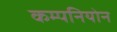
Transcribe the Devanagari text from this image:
कम्पनियोन